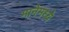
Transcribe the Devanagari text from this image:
मानेमध्ये